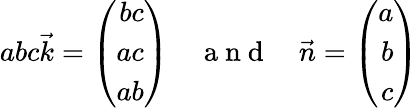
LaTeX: abc\vec{k}=\left(\begin{array}{r}{bc}\\ {ac}\\ {ab}\end{array}\right)\enspace\enspace\mathrm{~a~n~d~}\enspace\enspace\vec{n}=\left(\begin{array}{r}{a}\\ {b}\\ {c}\end{array}\right)